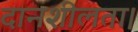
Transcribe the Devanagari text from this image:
दानशीलता।